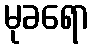
မုခရော